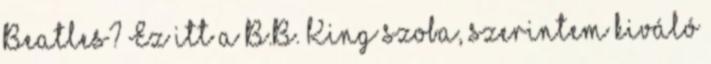
Beatles? Ez itt a B.B. King szoba, szerintem kiváló